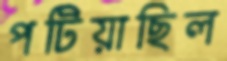
পটিয়াছিল